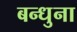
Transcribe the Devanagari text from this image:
बन्धुना